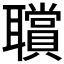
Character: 𦘆